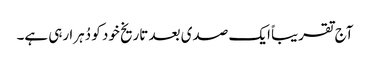
آج تقریباً ایک صدی بعد تاریخ خود کو دُہرا رہی ہے۔